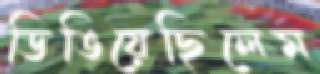
ডিঙিয়েছিলেম